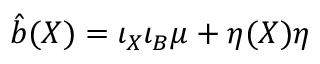
\hat { b } ( X ) = \iota _ { X } \iota _ { B } \mu + \eta ( X ) \eta